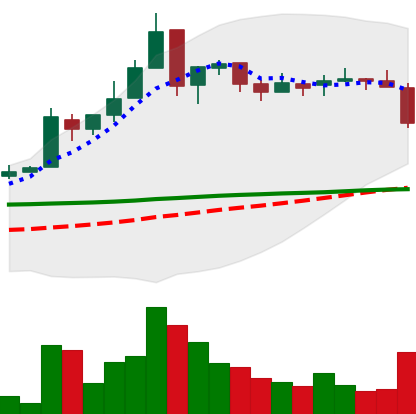
Ticker: EOS-USD
Chart end date: 2018-05-11
Forward return: -14.312%
Label: down_7plus